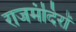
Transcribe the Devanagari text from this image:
राजमंदिरों